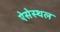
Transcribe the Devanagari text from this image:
ऐसेस्थल